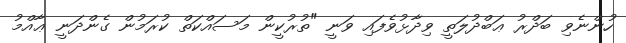
ހުންނެވި ބަދްރު ޢަބްދުލަތީ ވިދާޅުވެފައި ވަނީ "ތުރުކީން މަސައްކަތް ކުރަމުން ގެންދަނީ ޢާއްމު